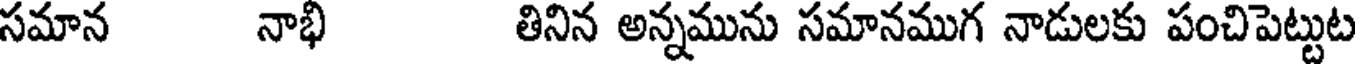
సమాన నాభి తినిన అన్నమును సమానముగ నాడులకు పంచిపెట్టుట